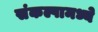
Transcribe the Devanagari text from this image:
संकल्पामध्ये